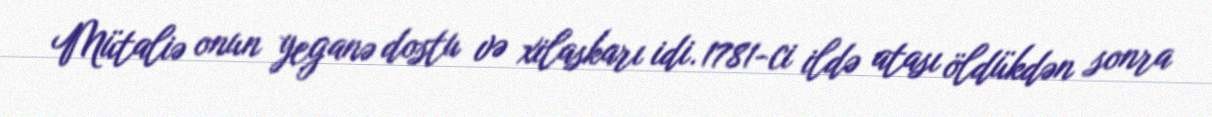
Mütaliə onun yeganə dostu və xilaskarı idi. 1781-ci ildə atası öldükdən sonra